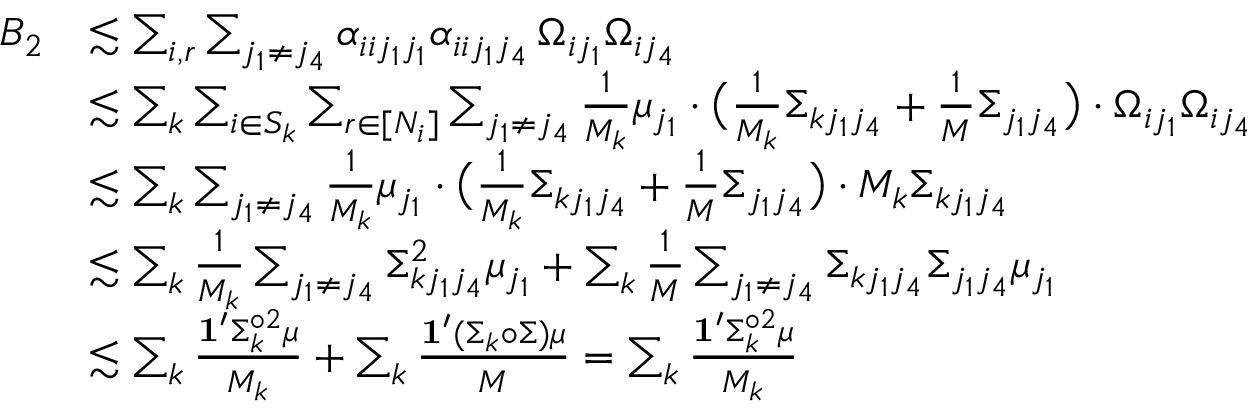
\begin{array} { r l } { B _ { 2 } } & { \lesssim \sum _ { i , r } \sum _ { j _ { 1 } \neq j _ { 4 } } \alpha _ { i i j _ { 1 } j _ { 1 } } \alpha _ { i i j _ { 1 } j _ { 4 } } \, \Omega _ { i j _ { 1 } } \Omega _ { i j _ { 4 } } } \\ & { \lesssim \sum _ { k } \sum _ { i \in S _ { k } } \sum _ { r \in [ N _ { i } ] } \sum _ { j _ { 1 } \neq j _ { 4 } } \frac { 1 } { M _ { k } } \mu _ { j _ { 1 } } \cdot \big ( \frac { 1 } { M _ { k } } \Sigma _ { k j _ { 1 } j _ { 4 } } + \frac { 1 } { M } \Sigma _ { j _ { 1 } j _ { 4 } } \big ) \cdot \Omega _ { i j _ { 1 } } \Omega _ { i j _ { 4 } } } \\ & { \lesssim \sum _ { k } \sum _ { j _ { 1 } \neq j _ { 4 } } \frac { 1 } { M _ { k } } \mu _ { j _ { 1 } } \cdot \big ( \frac { 1 } { M _ { k } } \Sigma _ { k j _ { 1 } j _ { 4 } } + \frac { 1 } { M } \Sigma _ { j _ { 1 } j _ { 4 } } \big ) \cdot M _ { k } \Sigma _ { k j _ { 1 } j _ { 4 } } } \\ & { \lesssim \sum _ { k } \frac { 1 } { M _ { k } } \sum _ { j _ { 1 } \neq j _ { 4 } } \Sigma _ { k j _ { 1 } j _ { 4 } } ^ { 2 } \mu _ { j _ { 1 } } + \sum _ { k } \frac { 1 } { M } \sum _ { j _ { 1 } \neq j _ { 4 } } \Sigma _ { k j _ { 1 } j _ { 4 } } \Sigma _ { j _ { 1 } j _ { 4 } } \mu _ { j _ { 1 } } } \\ & { \lesssim \sum _ { k } \frac { \mathbf { 1 } ^ { \prime } \Sigma _ { k } ^ { \circ 2 } \mu } { M _ { k } } + \sum _ { k } \frac { \mathbf { 1 } ^ { \prime } ( \Sigma _ { k } \circ \Sigma ) \mu } { M } = \sum _ { k } \frac { \mathbf { 1 } ^ { \prime } \Sigma _ { k } ^ { \circ 2 } \mu } { M _ { k } } } \end{array}